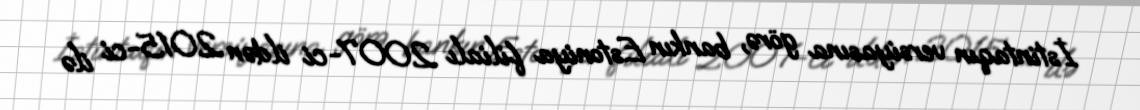
İstintaqın versiyasına görə, bankın Estoniya filialı 2007-ci ildən 2015-ci ilə